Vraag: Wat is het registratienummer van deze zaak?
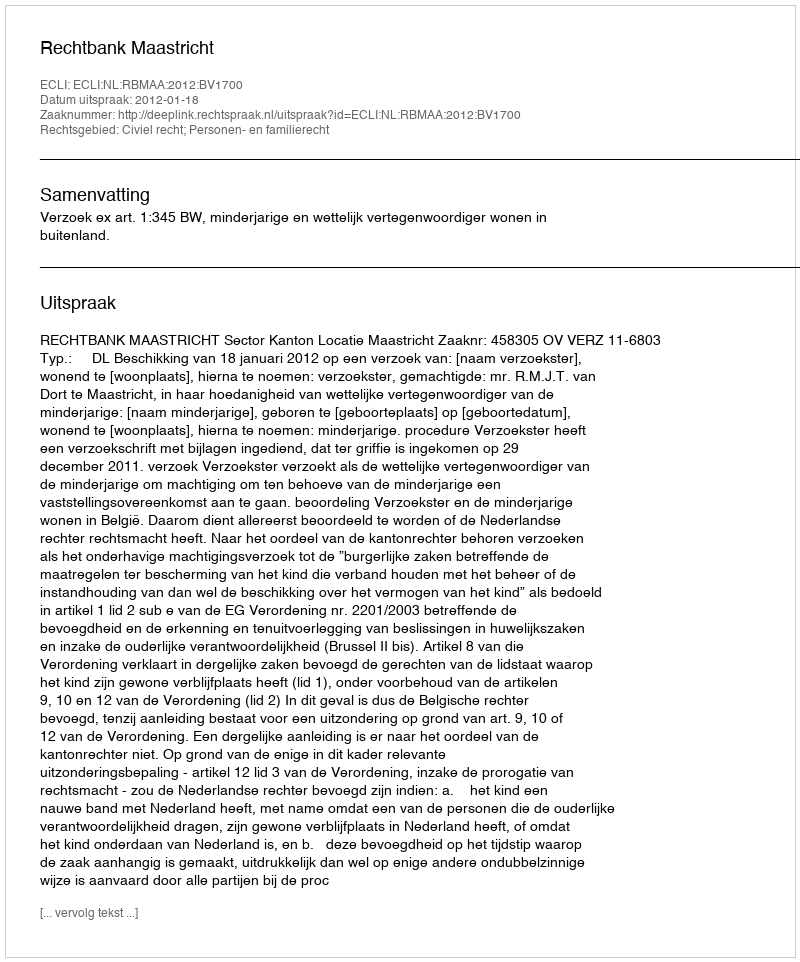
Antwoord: http://deeplink.rechtspraak.nl/uitspraak?id=ECLI:NL:RBMAA:2012:BV1700